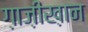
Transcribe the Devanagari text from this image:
ग़ाज़ीख़ान